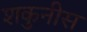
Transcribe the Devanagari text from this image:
शकुनीस